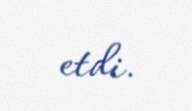
etdi.